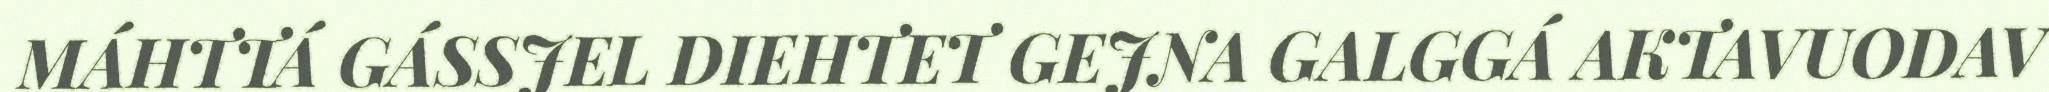
MÁHTTÁ GÁSSJEL DIEHTET GEJNA GALGGÁ AKTAVUODAV